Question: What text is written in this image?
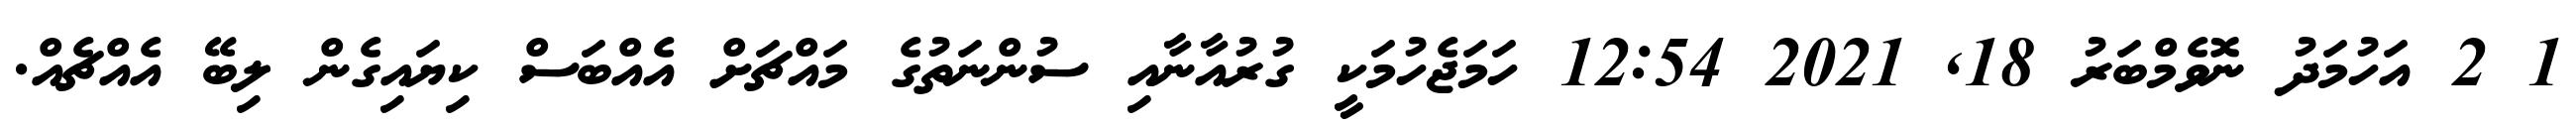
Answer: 1 2 އަހުމަދު ނޮވެމްބަރު 18, 2021 12:54 ހަމަޖެހުމަކީ ގުރުއާނާއި ސުންނަތުގެ މައްޗަށް އެއްބަސް ކިޔައިގެން ލިބޭ އެއްޗެއް.